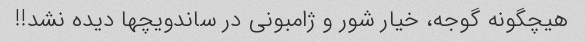
هیچگونه گوجه، خیار شور و ژامبونی در ساندویچها دیده نشد!!